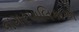
નગરપાલિકાએ